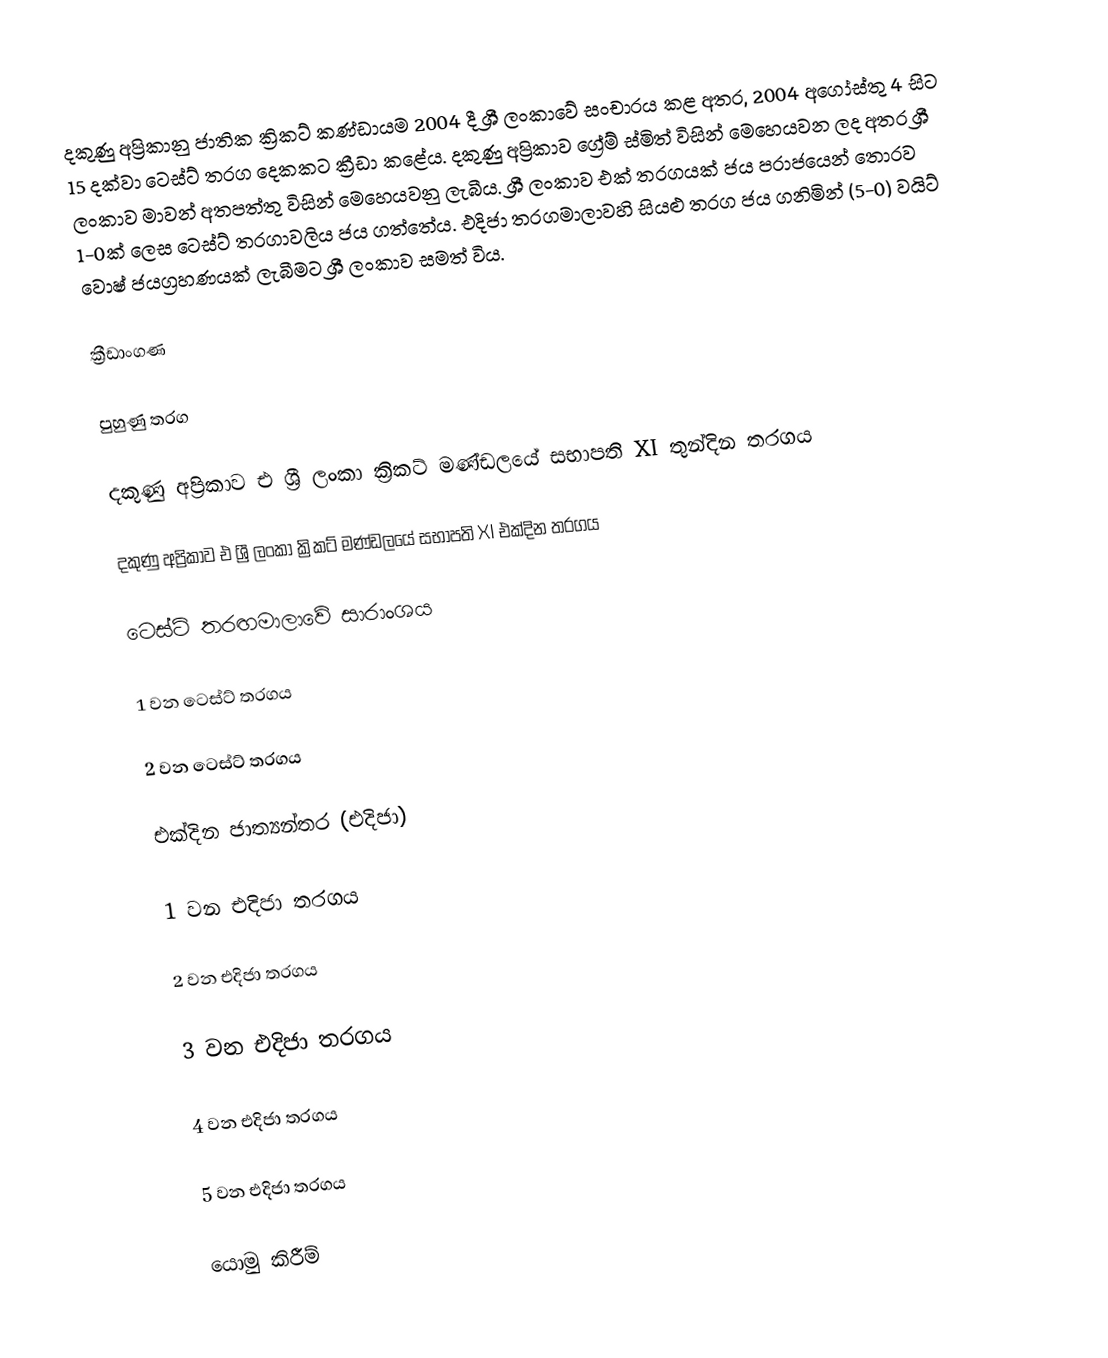
දකුණු අප්‍රිකානු ජාතික ක්‍රිකට් කණ්ඩායම 2004 දී ශ්‍රී ලංකාවේ සංචාරය කළ අතර, 2004 අගෝස්තු 4 සිට 15 දක්වා ටෙස්ට් තරග දෙකකට ක්‍රීඩා කළේය. දකුණු අප්‍රිකාව ග්‍රේම් ස්මිත් විසින් මෙහෙයවන ලද අතර ශ්‍රී ලංකාව මාවන් අතපත්තු විසින් මෙහෙයවනු ලැබීය. ශ්‍රී ලංකාව එක් තරගයක් ජය පරාජයෙන් තොරව 1-0ක් ලෙස ටෙස්ට් තරගාවලිය ජය ගත්තේය. එදිජා තරගමාලාවහි සියළු තරග ජය ගනිමින් (5-0) වයිට් වොෂ් ජයග්‍රහණයක් ලැබීමට ශ්‍රී ලංකාව සමත් විය.

ක්‍රීඩාංගණ

පුහුණු තරග

දකුණු අප්‍රිකාව එ ශ්‍රී ලංකා ක්‍රිකට් මණ්ඩලයේ සභාපති XI තුන්දින තරගය

දකුණු අප්‍රිකාව එ ශ්‍රී ලංකා ක්‍රිකට් මණ්ඩලයේ සභාපති XI එක්දින තරගය

ටෙස්ට් තරඟමාලාවේ සාරාංශය

1 වන ටෙස්ට් තරගය

2 වන ටෙස්ට් තරගය

එක්දින ජාත්‍යන්තර (එදිජා)

1 වන එදිජා තරගය

2 වන එදිජා තරගය

3 වන එදිජා තරගය

4 වන එදිජා තරගය

5 වන එදිජා තරගය

යොමු කිරීම්